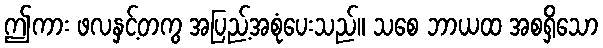
ဤကား ဖလနှင့်တကွ အပြည့်အစုံပေးသည်။ သစေ ဘာယထ အစရှိသော